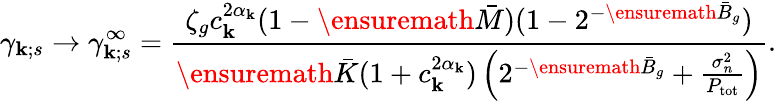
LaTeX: \gamma_{\mathbf{k};s}\to\gamma_{\mathbf{k};s}^{\infty}=\frac{{\zeta_{g}c_{\mathbf{k}}^{2\alpha_{\mathbf{k}}}(1-\ensuremath{{\bar{{M}}}})(1-2^{-\ensuremath{{\bar{{B}}}}_{g}})}}{{\ensuremath{{\bar{{K}}}}(1+c_{\mathbf{k}}^{2\alpha_{\mathbf{k}}})\left(2^{-\ensuremath{{\bar{{B}}}}_{g}}+\frac{{\sigma_{n}^{2}}}{{P_{\mathrm{{tot}}}}}\right)}}.